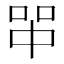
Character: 𰇪